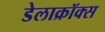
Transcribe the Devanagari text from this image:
डेलाक्रॉक्स